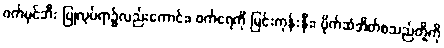
ဝက်မှင်ဘီး ပြုလုပ်ရာ၌လည်းကောင်း၊ ဝက်ရေကို မြင်းကုန်းနှီး၊ ပိုက်ဆံအိတ်စသည်တို့ကို